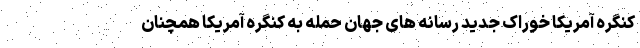
کنگره آمریکا خوراک جدید رسانه های جهان حمله به کنگره آمریکا همچنان